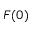
F ( 0 )